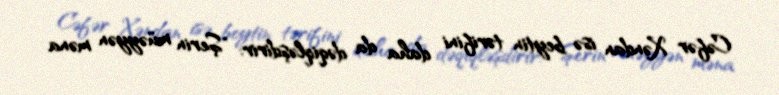
Cəfər Xəndan isə beytin tərifini daha da dəqiqləşdirir: "Şerin müəyyən məna